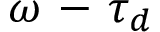
\omega \mathrm { ~ - ~ } \tau _ { d }